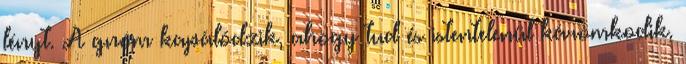
lényt. A gnóm kapálódzik, ahogy tud és istentelenül káromkodik.